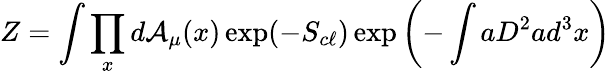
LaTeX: Z=\int\prod_{x}d{\cal A}_{\mu}(x)\exp(-S_{c\ell})\exp\left(-\int aD^{2}ad^{3}x\right)